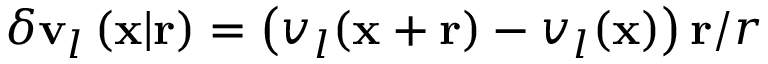
\delta \mathbf { v } _ { l } \left( \mathbf { x } | \mathbf { r } \right) = \left( v _ { l } ( \mathbf { x } + \mathbf { r } ) - v _ { l } ( \mathbf { x } ) \right) \mathbf { r } / r